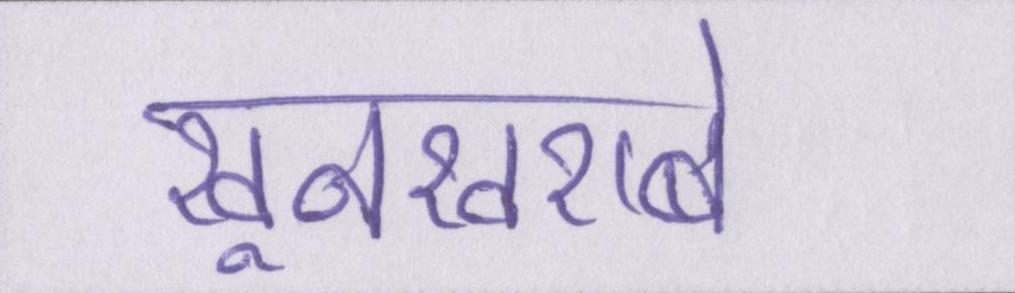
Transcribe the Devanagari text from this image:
खूनखराबे